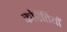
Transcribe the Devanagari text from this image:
कोरेंतियाँ